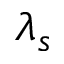
\lambda _ { s }